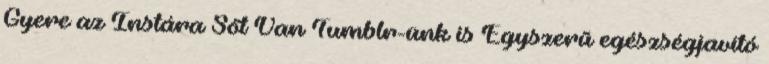
Gyere az Instára Sőt Van Tumblr-ünk is Egyszerű egészségjavító